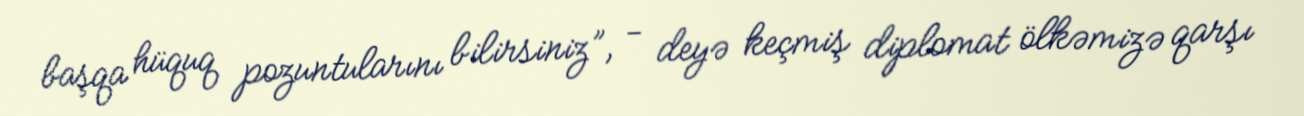
başqa hüquq pozuntularını bilirsiniz”, - deyə keçmiş diplomat ölkəmizə qarşı